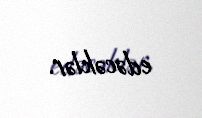
edəcəklər.